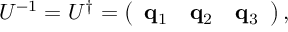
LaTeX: { \cal U } ^ { - 1 } = { \cal U } ^ { \dagger } = \left( \begin{array} { c c c } { { { \bf q } _ { 1 } } } & { { { \bf q } _ { 2 } } } & { { { \bf q } _ { 3 } } } \end{array} \right) ,